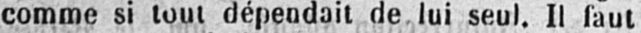
comme si tout dépendait de lui seul. Il faut